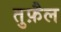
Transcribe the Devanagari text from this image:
तुफ़ैल